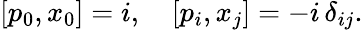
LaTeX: [p_{0},x_{0}]=i,\quad[p_{i},x_{j}]=-i\, \delta_{ij}.